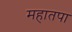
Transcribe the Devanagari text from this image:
महातपा